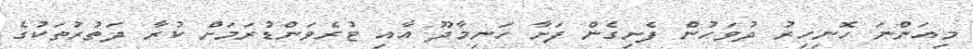
މިއަންނަ ހޮނިހިރު ދުވަހުން ފެށިގެން ފަށާ ހަނިމާދޫ އާއި ޓުރެވަންޑުރަމަށް ކުރާ ދަތުރުތަކުގެ